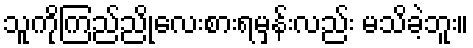
သူကိုကြည်ညိုလေးစားရမှန်းလည်း မသိခဲ့ဘူး။